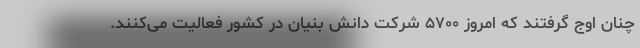
چنان اوج گرفتند که امروز ۵۷۰۰ شرکت دانش بنیان در کشور فعالیت می‌کنند.